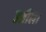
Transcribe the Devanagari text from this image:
उतीला